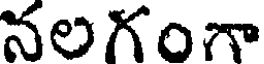
నలగంగా